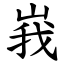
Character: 峩